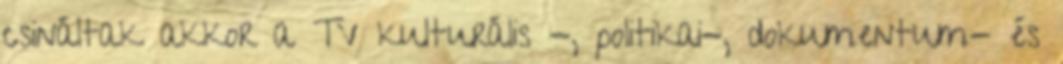
csináltak akkor a TV kulturális -, politikai-, dokumentum- és